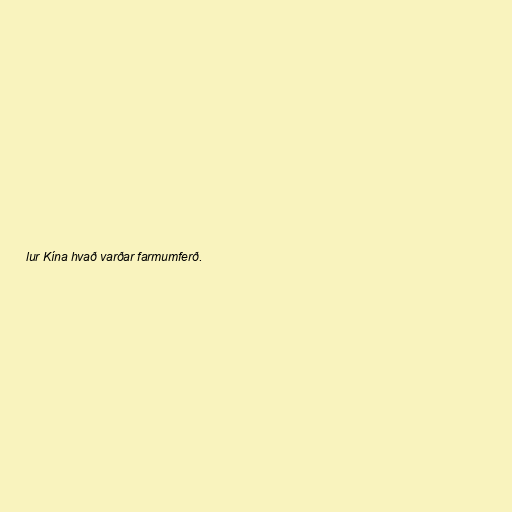
lur Kína hvað varðar farmumferð.